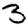
Digit: 3